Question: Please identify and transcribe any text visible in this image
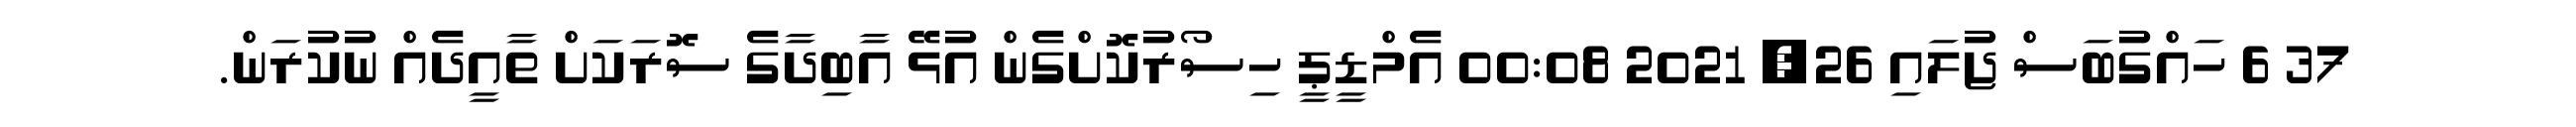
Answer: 37 6 ހައްގުބަސް ޖުލައި 26, 2021 00:08 އެމްޑީޕީ ހިސޯރުކޮށްގެން އުޅޭ އާބިދާގެ ސޮރަކަށް ތާއީދެއް ނުކުރަން.